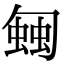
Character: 𧍀